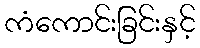
ကံကောင်းခြင်းနှင့်